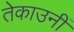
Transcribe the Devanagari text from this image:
तेकाउनीं